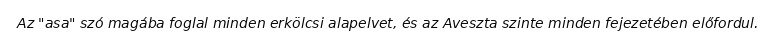
Az "asa" szó magába foglal minden erkölcsi alapelvet, és az Aveszta szinte minden fejezetében előfordul.